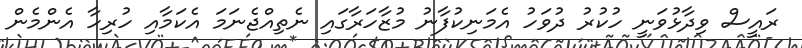
ރައީސް ވިދާޅުވަނީ ހުކުރު ދުވަހު އެމަނިކުފާނު މުޒާހަރާގައި ނެތިއްޖެނަމަ އެކަމާއި ހުރިހާ އެންމެން